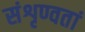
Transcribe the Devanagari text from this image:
संशृण्वतां